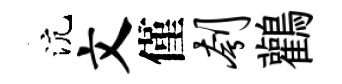
沆文僅刳鸛